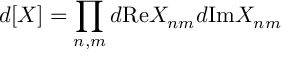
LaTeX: d [ X ] = \prod _ { n , m } d \mathrm { R e } X _ { n m } d \mathrm { I m } X _ { n m }